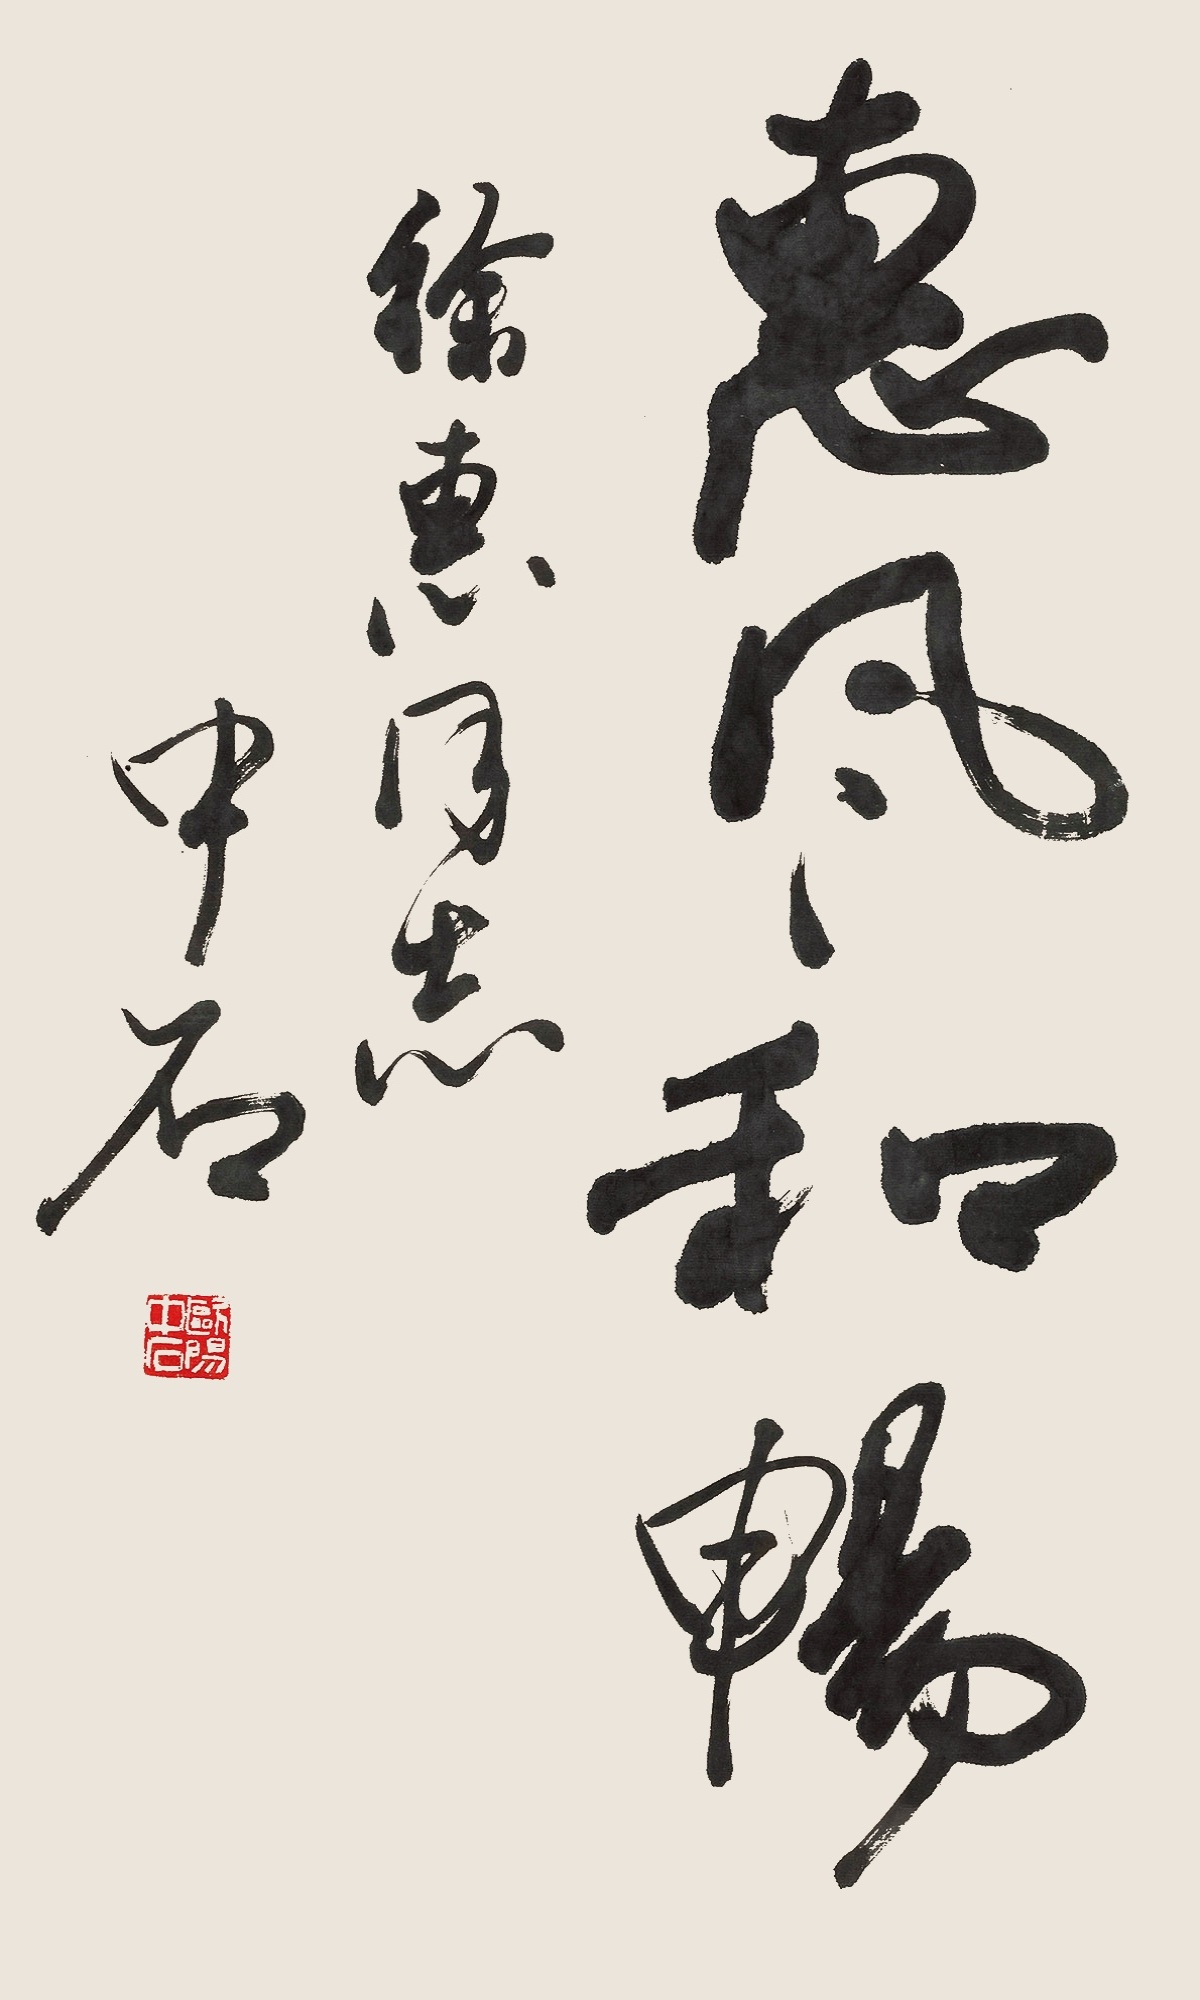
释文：惠风和畅徐惠同志。中石。